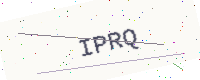
Text: IPRQ